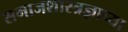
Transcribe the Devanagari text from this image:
समाजशास्त्रज्ञाच्या